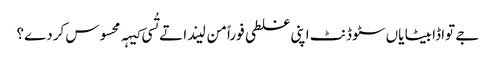
‏ جے تواڈا بیٹا یاں سٹوڈنٹ اپنی غلطی فوراً من لیندا تے تُسی کیہہ محسوس کردے؟